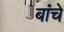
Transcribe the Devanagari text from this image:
बांचे